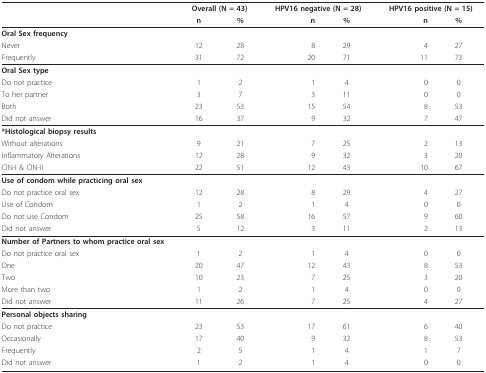
<table><thead><tr><td></td><td colspan="2"><b>Overall (N = 43)</b></td><td colspan="2"><b>HPV16 negative (N = 28)</b></td><td colspan="2"><b>HPV16 positive (N = 15)</b></td></tr><tr><td></td><td><b>n</b></td><td><b>%</b></td><td><b>n</b></td><td><b>%</b></td><td><b>n</b></td><td><b>%</b></td></tr></thead><tbody><tr><td><b>Oral Sex frequency</b></td><td></td><td></td><td></td><td></td><td></td><td></td></tr><tr><td>Never</td><td>12</td><td>28</td><td>8</td><td>29</td><td>4</td><td>27</td></tr><tr><td>Frequently</td><td>31</td><td>72</td><td>20</td><td>71</td><td>11</td><td>73</td></tr><tr><td><b>Oral Sex type</b></td><td></td><td></td><td></td><td></td><td></td><td></td></tr><tr><td>Do not practice</td><td>1</td><td>2</td><td>1</td><td>4</td><td>0</td><td>0</td></tr><tr><td>To her partner</td><td>3</td><td>7</td><td>3</td><td>11</td><td>0</td><td>0</td></tr><tr><td>Both</td><td>23</td><td>53</td><td>15</td><td>54</td><td>8</td><td>53</td></tr><tr><td>Did not answer</td><td>16</td><td>37</td><td>9</td><td>32</td><td>7</td><td>47</td></tr><tr><td><b>*Histological biopsy results</b></td><td></td><td></td><td></td><td></td><td></td><td></td></tr><tr><td>Without alterations</td><td>9</td><td>21</td><td>7</td><td>25</td><td>2</td><td>13</td></tr><tr><td>Inflammatory Alterations</td><td>12</td><td>28</td><td>9</td><td>32</td><td>3</td><td>20</td></tr><tr><td>CIN-I &amp; CIN-II</td><td>22</td><td>51</td><td>12</td><td>43</td><td>10</td><td>67</td></tr><tr><td><b>Use of condom while practicing oral sex</b></td><td></td><td></td><td></td><td></td><td></td><td></td></tr><tr><td>Do not practice oral sex</td><td>12</td><td>28</td><td>8</td><td>29</td><td>4</td><td>27</td></tr><tr><td>Use of Condom</td><td>1</td><td>2</td><td>1</td><td>4</td><td>0</td><td>0</td></tr><tr><td>Do not use Condom</td><td>25</td><td>58</td><td>16</td><td>57</td><td>9</td><td>60</td></tr><tr><td>Did not answer</td><td>5</td><td>12</td><td>3</td><td>11</td><td>2</td><td>13</td></tr><tr><td><b>Number of Partners to whom practice oral sex</b></td><td></td><td></td><td></td><td></td><td></td><td></td></tr><tr><td>Do not practice oral sex</td><td>1</td><td>2</td><td>1</td><td>4</td><td>0</td><td>0</td></tr><tr><td>One</td><td>20</td><td>47</td><td>12</td><td>43</td><td>8</td><td>53</td></tr><tr><td>Two</td><td>10</td><td>23</td><td>7</td><td>25</td><td>3</td><td>20</td></tr><tr><td>More than two</td><td>1</td><td>2</td><td>1</td><td>4</td><td>0</td><td>0</td></tr><tr><td>Did not answer</td><td>11</td><td>26</td><td>7</td><td>25</td><td>4</td><td>27</td></tr><tr><td><b>Personal objects sharing</b></td><td></td><td></td><td></td><td></td><td></td><td></td></tr><tr><td>Do not practice</td><td>23</td><td>53</td><td>17</td><td>61</td><td>6</td><td>40</td></tr><tr><td>Occasionally</td><td>17</td><td>40</td><td>9</td><td>32</td><td>8</td><td>53</td></tr><tr><td>Frequently</td><td>2</td><td>5</td><td>1</td><td>4</td><td>1</td><td>7</td></tr><tr><td>Did not answer</td><td>1</td><td>2</td><td>1</td><td>4</td><td>0</td><td>0</td></tr></tbody></table>